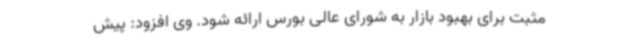
مثبت برای بهبود بازار به شورای عالی بورس ارائه شود. وی افزود: پیش